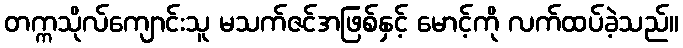
တက္ကသိုလ်ကျောင်းသူ မသက်ဇင်အဖြစ်နှင့် မောင့်ကို လက်ထပ်ခဲ့သည်။